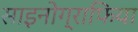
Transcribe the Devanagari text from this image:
साइनोग्राफिया